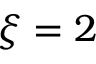
\xi = 2